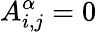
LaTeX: A_{i,j}^{\alpha}=0